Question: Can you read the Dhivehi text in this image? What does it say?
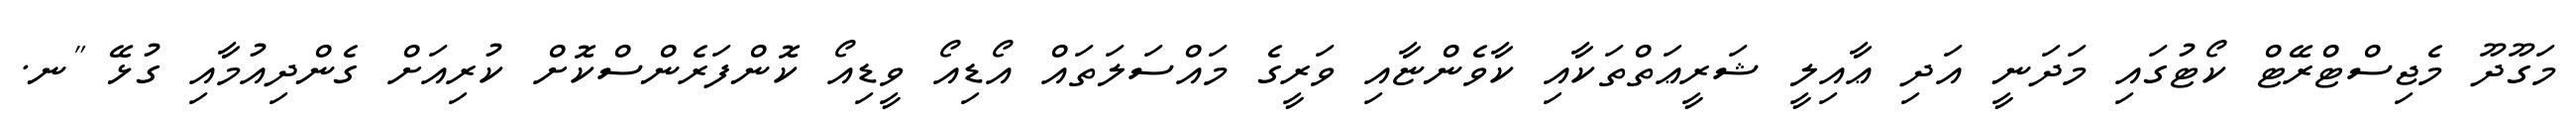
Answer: މަގޫދޫ މެޖިސްޓްރޭޓް ކޯޓުގައި މަދަނީ އަދި ޢާއިލީ ޝަރީޢަތްތަކާއި ކާވެންޏާއި ވަރީގެ މައްސަލަތައް އޯޑިއޯ ވީޑިއޯ ކޮންފަރެންސްކޮށް ކުރިއަށް ގެންދިއުމާއި ގުޅޭ "ނ.